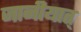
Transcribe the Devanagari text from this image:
जानीयात्